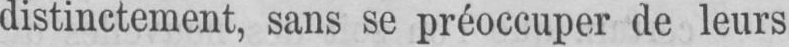
distinctement, sans se préoccuper de leurs